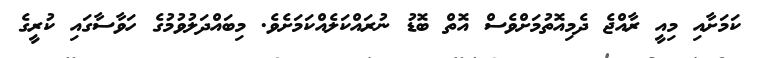
ކަމަށާއި މިއީ ރާއްޖެ ދެމިއޮތުމަށްވެސް އޮތް ބޮޑު ނުރައްކަލެއްކަމަށެވެ. މިބައްދަލުވުމުގެ ހަވާސާގައި ކުރީގެ